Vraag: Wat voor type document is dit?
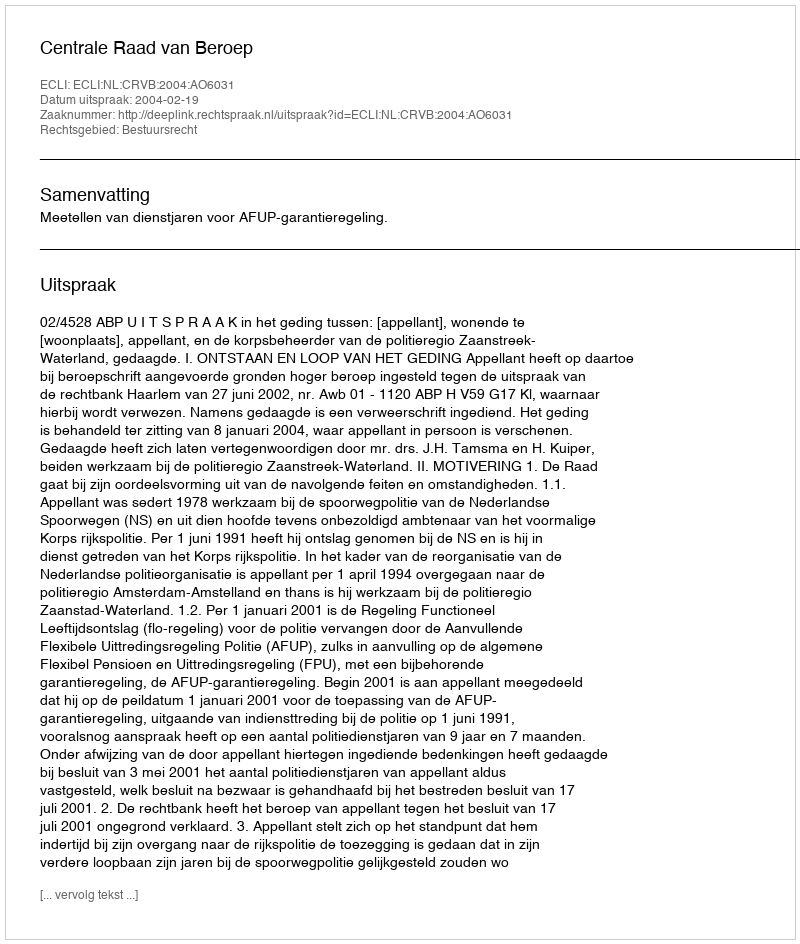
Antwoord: Uitspraak